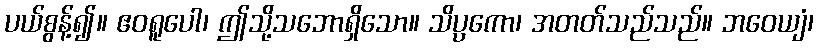
ပယ်စွန့်၍။ ဧဝရူပေါ၊ ဤသို့သဘောရှိသော။ သိပ္ပကော၊ အတတ်သည်သည်။ ဘဝေယျံ၊